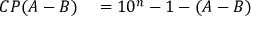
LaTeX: \begin{array} { r l } { C P ( A - B ) } & { { } = 1 0 ^ { n } - 1 - ( A - B ) } \end{array}